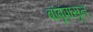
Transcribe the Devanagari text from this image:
बांबूंपासून